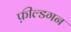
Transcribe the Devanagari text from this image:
फ़ील्डगन